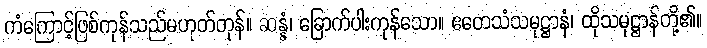
ကံကြောင့်ဖြစ်ကုန်သည်မဟုတ်ကုန်။ ဆန္နံ၊ ခြောက်ပါးကုန်သော။ ဧတေသံသမုဋ္ဌာနံ၊ ထိုသမုဋ္ဌာန်တို့၏။